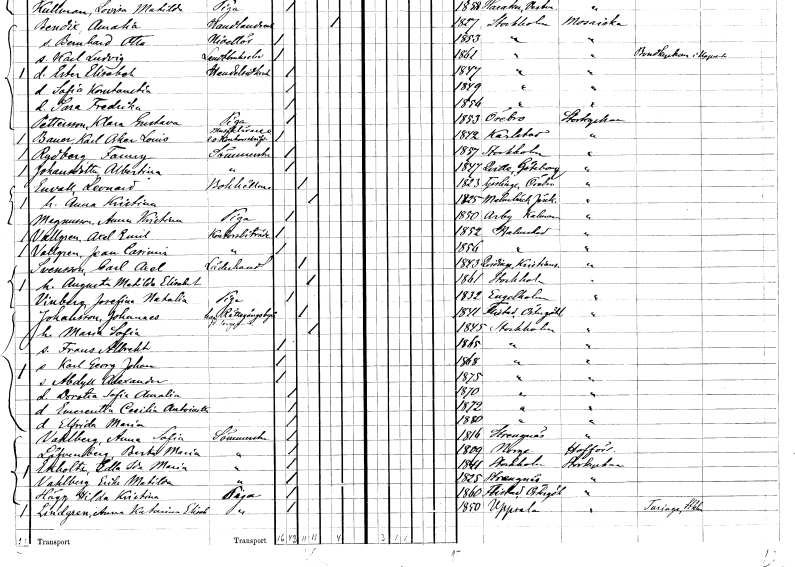
gt_parse: households: individuals: FN: Karl Oskar Louis
EN: Bauer
YRKE: Musiklärare Kontorsskrivare e. o.
KON: M
CIV: O
FODAR: 1842
FODFORS: Karlstad Värmlands län
FN: Fanny
EN: Rydberg
YRKE: Sömmerska
KON: K
CIV: O
FODAR: 1857
FODFORS: Stockholm
FN: Albertina
EN: Johansdotter
YRKE: Sömmerska
KON: K
CIV: O
FODAR: 1847
FODFORS: Kville Göteborgs- och Bohuslän
FN: Leonard
EN: Envall
YRKE: Bokhållare
KON: M
CIV: G
FODAR: 1823
FODFORS: Tysslinge Örebro län
FN: Anna Kristina
KON: K
CIV: G
FODAR: 1825
FODFORS: Malmbäck Jönköpings län
FN: Anna Kristina
EN: Magnusson
YRKE: Piga
KON: K
CIV: O
FODAR: 1850
FODFORS: Arby Kalmar län
FN: Axel Emil
EN: Vallgren
YRKE: Kontorsbiträde
KON: M
CIV: O
FODAR: 1852
FODFORS: Halmstad Hallands län
FN: Jean Cariunis
EN: Vallgren
YRKE: Kontorsbiträde
KON: M
CIV: O
FODAR: 1856
FODFORS: Halmstad Hallands län
FN: Carl Axel
EN: Svensson
YRKE: Läderhandlare
KON: M
CIV: G
FODAR: 1843
FODFORS: Kvidinge Kristianstads län
FN: Augusta Matilda Elisabet
KON: K
CIV: G
FODAR: 1861
FODFORS: Stockholm
FN: Josefina Natalia
EN: Vinberg
YRKE: Piga
KON: K
CIV: O
FODAR: 1832
FODFORS: Ängelholm Kristianstads län
FN: Johannes
EN: Johansson
YRKE: Sergeant f.d.
KON: M
CIV: G
FODAR: 1841
FODFORS: Flistad Östergötlands län
FN: Maria Sofia
KON: K
CIV: G
FODAR: 1845
FODFORS: Stockholm
FN: Frans Albrekt
KON: M
CIV: O
FODAR: 1865
FODFORS: Stockholm
FN: Karl Georg Johan
KON: M
CIV: O
FODAR: 1868
FODFORS: Stockholm
FN: Abdyll Alexandra
KON: K
CIV: O
FODAR: 1875
FODFORS: Stockholm
FN: Dorotea Sofia Amalia
KON: K
CIV: O
FODAR: 1870
FODFORS: Stockholm
FN: Emerentia Cecilia Anboiatta
KON: K
CIV: O
FODAR: 1872
FODFORS: Stockholm
FN: Elfrida Maria
KON: K
CIV: O
FODAR: 1880
FODFORS: Stockholm
FN: Anna Sofia
EN: Vahlberg
YRKE: Sömmerska
KON: K
CIV: O
FODAR: 1816
FODFORS: Strängnäs Södermanlands län
FN: Berta Maria
EN: Löfvenberg
YRKE: Sömmerska
KON: K
CIV: O
FODAR: 1809
FN: Edla Ida Maria
EN: Ekholtz
YRKE: Sömmerska
KON: K
CIV: O
FODAR: 1841
FODFORS: Stockholm
FN: Erika Matilda
EN: Vahlberg
YRKE: Sömmerska
KON: K
CIV: O
FODAR: 1825
FODFORS: Strängnäs Södermanlands län
FN: Hilda Matilda
EN: Hägg
YRKE: Piga
KON: K
CIV: O
FODAR: 1860
FODFORS: Flistad Östergötlands län
FN: Anna Katarina Elisabet
EN: Lindgren
YRKE: Piga
KON: K
CIV: O
FODAR: 1850
FODFORS: Uppsala Uppsala län